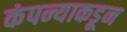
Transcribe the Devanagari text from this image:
कंपन्याकडून